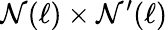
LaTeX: \mathcal{N}(\ell)\times\mathcal{N}^{\prime}(\ell)